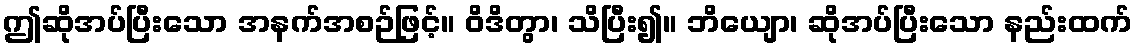
ဤဆိုအပ်ပြီးသော အနက်အစဉ်ဖြင့်။ ဝိဒိတွာ၊ သိပြီး၍။ ဘိယျော၊ ဆိုအပ်ပြီးသော နည်းထက်